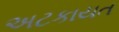
અટકાયત